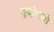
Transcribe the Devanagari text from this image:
क़्वांगचो